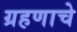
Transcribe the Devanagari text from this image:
ग्रहणाचे